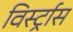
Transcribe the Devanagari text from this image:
विर्स्ट्रास